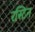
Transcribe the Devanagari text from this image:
रस्टिन